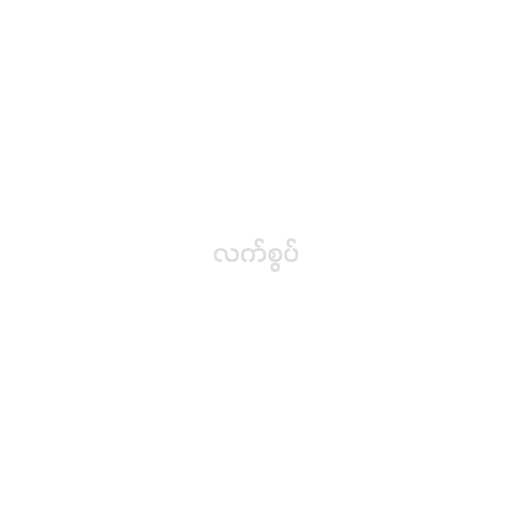
လက်စွပ်